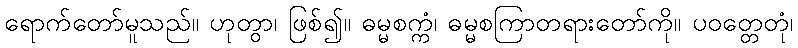
ရောက်တော်မူသည်။ ဟုတွာ၊ ဖြစ်၍။ ဓမ္မစက္ကံ၊ ဓမ္မစကြာတရားတော်ကို။ ပဝတ္တေတုံ၊